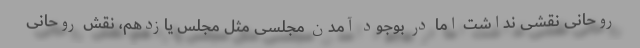
روحانی نقشی نداشت اما در بوجود آمدن مجلسی مثل مجلس یازدهم، نقش روحانی